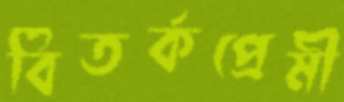
বিতর্কপ্রেমী